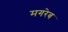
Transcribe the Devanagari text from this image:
मगरेब